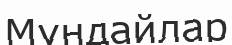
Мұндайлар